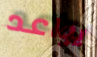
يواعد